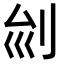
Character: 𠛏